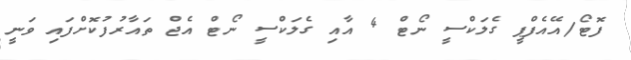
ފޮޓޯ/އޭއެފްޕީ ގެލަކްސީ ނޯޓް 4 އާއި ގެލަކްސީ ނޯޓް އެޖް ތައާރުފުކޮށްފައި ވަނީ